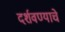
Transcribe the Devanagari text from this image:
दर्शवण्याचे